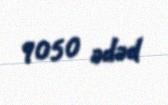
9050 ədəd